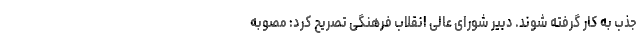
جذب به کار گرفته شوند. دبیر شورای عالی انقلاب فرهنگی تصریح کرد: مصوبه